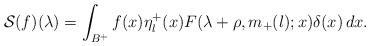
LaTeX: \begin{align*}\mathcal{S} (f) (\lambda) = \int_{B^+} f (x) \eta_l^+ (x) F (\lambda + \rho, m_+ (l); x) \delta (x)\, d x.\end{align*}